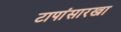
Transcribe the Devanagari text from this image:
टापांसारखा